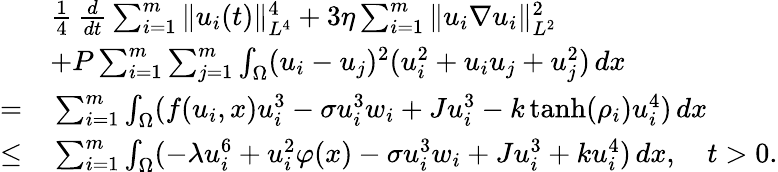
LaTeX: \begin{array}{rl}&{\frac{1}{4}\, \frac{d}{dt}\sum_{i=1}^{m}\| u_{i}(t)\| _{L^{4}}^{4}+3\eta\sum_{i=1}^{m}\| u_{i}\nabla u_{i}\| _{L^{2}}^{2}}\\ &{+P\sum_{i=1}^{m}\sum_{j=1}^{m}\int_{\Omega}(u_{i}-u_{j})^{2}(u_{i}^{2}+u_{i}u_{j}+u_{j}^{2})\, dx}\\ {=}&{\, \sum_{i=1}^{m}\int_{\Omega}(f(u_{i},x)u_{i}^{3}-\sigma u_{i}^{3}w_{i}+Ju_{i}^{3}-k\operatorname{tanh}(\rho_{i})u_{i}^{4})\, dx}\\ {\leq}&{\, \sum_{i=1}^{m}\int_{\Omega}(-\lambda u_{i}^{6}+u_{i}^{2}\varphi(x)-\sigma u_{i}^{3}w_{i}+Ju_{i}^{3}+ku_{i}^{4})\, dx,\quad t>0.}\end{array}